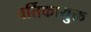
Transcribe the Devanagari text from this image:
वर्तिकायुक्त